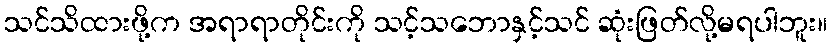
သင်သိထားဖို့က အရာရာတိုင်းကို သင့်သဘောနှင့်သင် ဆုံးဖြတ်လို့မရပါဘူး။